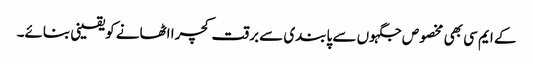
کے ایم سی بھی مخصوص جگہوں سے پابندی سے برقت کچرا اٹھانے کویقینی بنائے۔